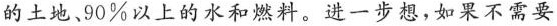
的土地、90%以上的水和燃料。进一步想，如果不需要